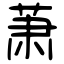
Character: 萧